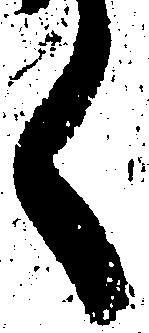
く